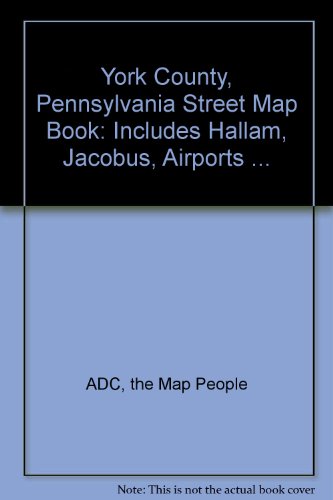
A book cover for York County, Pennslyvania Steet Map Book; the Map People ADC; Travel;